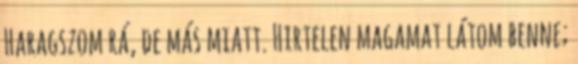
Haragszom rá, de más miatt. Hirtelen magamat látom benne;